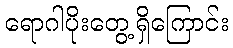
ရောဂါပိုးတွေ့ရှိကြောင်း